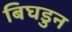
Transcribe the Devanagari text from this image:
बिघडुन